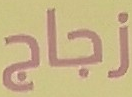
زجاج